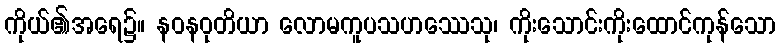
ကိုယ်၏အရေ၌။ နဝနဝုတိယာ လောမကူပသဟဿေသု၊ ကိုးသောင်းကိုးထောင်ကုန်သော